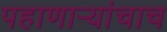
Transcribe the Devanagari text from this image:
पहाणाऱ्यांचाच